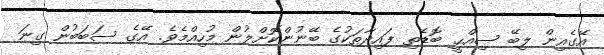
އޭގެއިން ލިބޭ ޞިއްޙީ ބޮޑެތި ފައިދާތަކުގެ ބޭނުންކޮށްލުން މުހިއްމެވެ. އޭގެ ސަބަބުން ގިނަ